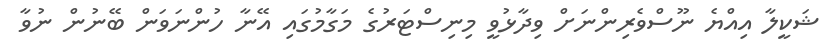
ޝަކީލާ އިއްޔެ ނޫސްވެރިންނަށް ވިދާޅުވީ މިނިސްޓަރުގެ މަގާމުގައި އޭނާ ހުންނަވަން ބޭނުން ނުވާ